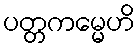
ပတ္တကမ္မေဟိ